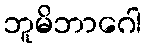
ဘူမိဘာဂေါ